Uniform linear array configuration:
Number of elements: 64
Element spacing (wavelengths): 0.75
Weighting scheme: binomial
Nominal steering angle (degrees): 45
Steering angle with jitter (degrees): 45.458
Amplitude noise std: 0.05
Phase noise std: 0.05

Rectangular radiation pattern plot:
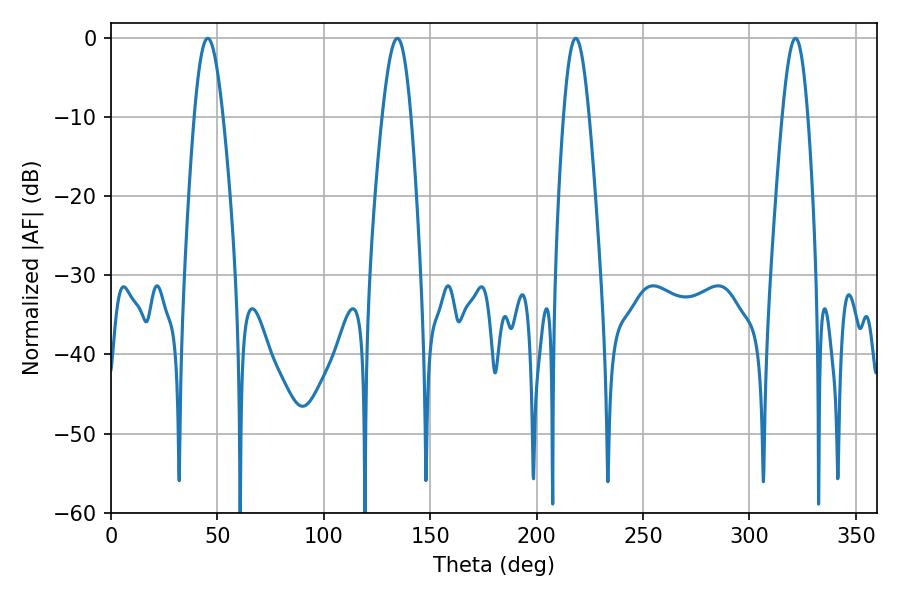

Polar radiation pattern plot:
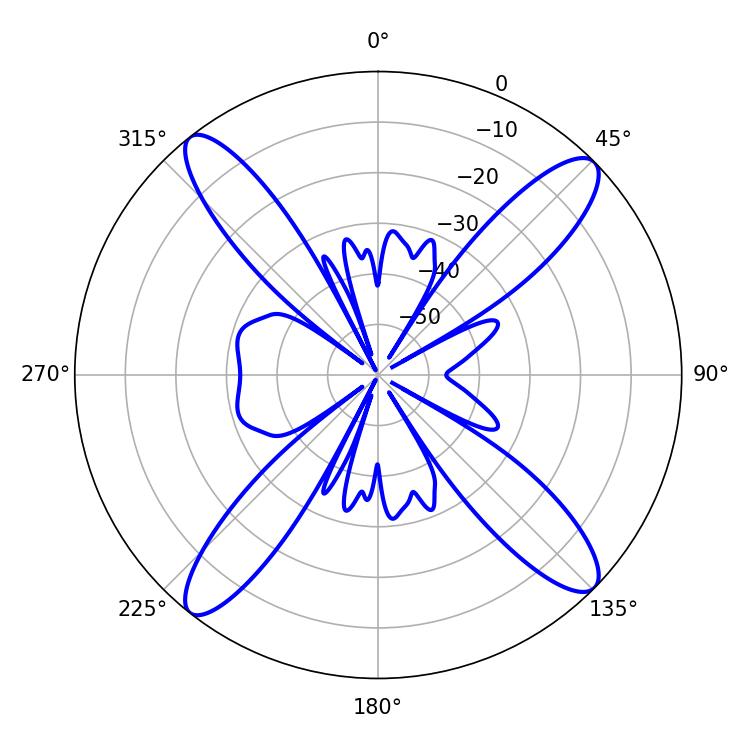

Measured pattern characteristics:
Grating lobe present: TRUE
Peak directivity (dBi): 16.606
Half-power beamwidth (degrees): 6.3
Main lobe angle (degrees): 218.34